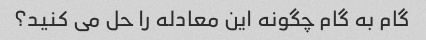
گام به گام چگونه این معادله را حل می کنید؟